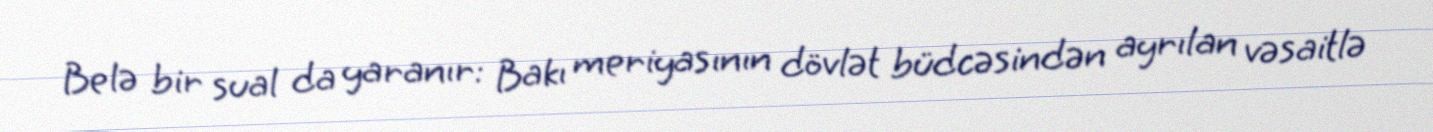
Belə bir sual da yaranır: Bakı meriyasının dövlət büdcəsindən ayrılan vəsaitlə